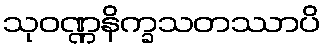
သုဝဏ္ဏနိက္ခသတဿာပိ